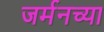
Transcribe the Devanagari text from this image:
जर्मनच्या